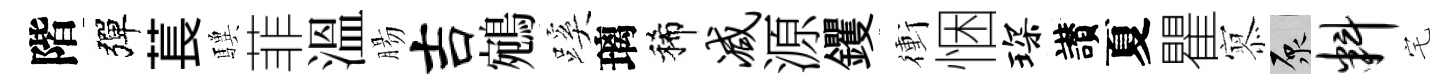
階彈萇驥菲溫腸吉鵷蹊璃稀减源钁衝悃琛讃夏瞿𡪹原料宅